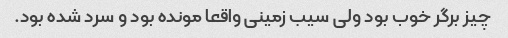
چیز برگر‌ خوب بود ولی سیب زمینی واقعا مونده بود و سرد شده بود.